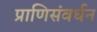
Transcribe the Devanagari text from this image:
प्राणिसंवर्धन